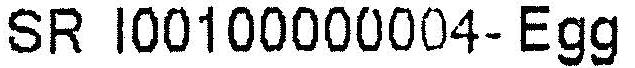
SR I00100000004-EGG